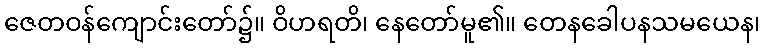
ဇေတဝန်ကျောင်းတော်၌။ ဝိဟရတိ၊ နေတော်မူ၏။ တေနခေါပနသမယေန၊